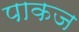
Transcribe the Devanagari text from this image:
पाकज